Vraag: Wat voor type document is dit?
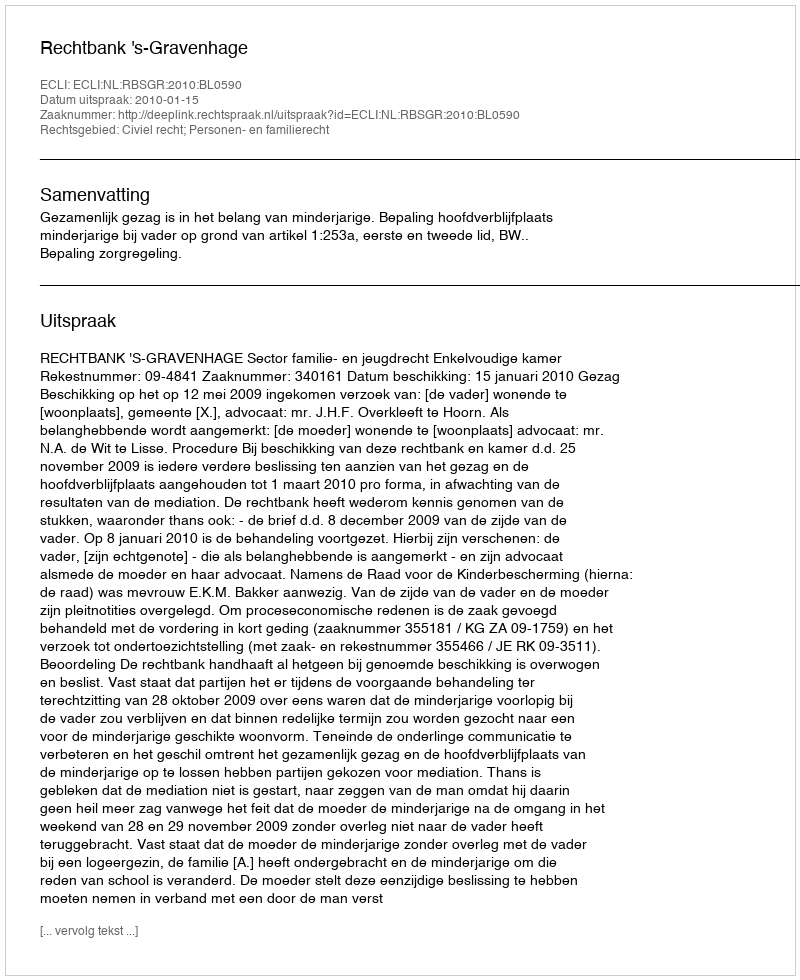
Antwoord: Uitspraak